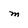
Character: M